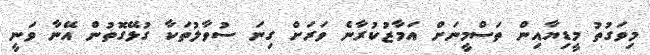
މިވަގުތު މީޑިޔާއިން ތަސްމީނަށް އަމާޒުކުރާނެ ވަރަށް ގިނަ ސުވާލުތަކާ ގުޅޭގޮތުން އޭނާ ވަނީ